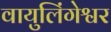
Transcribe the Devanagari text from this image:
वायुलिंगेश्वर